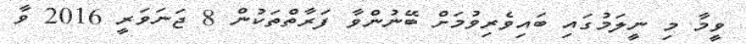
ވީމާ މި ނީލަމުގައި ބައިވެރިވުމަށް ބޭނުންވާ ފަރާތްތަކުން 8 ޖަނަވަރީ 2016 ވާ